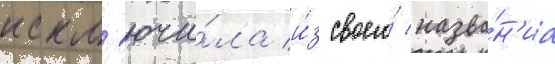
искл'ючи́ла и́з своего́ назва́н'иа